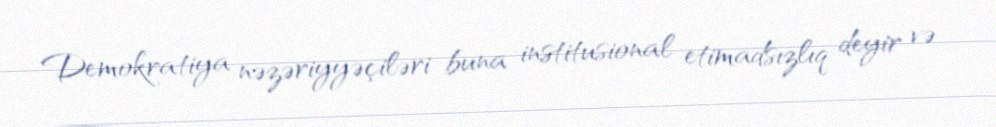
Demokratiya nəzəriyyəçiləri buna institusional etimadsızlıq deyir və